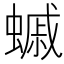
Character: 䗩